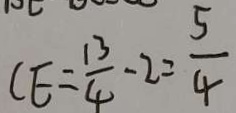
C E = \frac { 1 3 } { 4 } - 2 = \frac { 5 } { 4 }